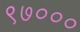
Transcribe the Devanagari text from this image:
९७०००